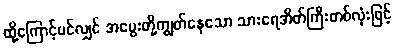
ထို့ကြောင့်ပင်လျှင် အမွေးတို့ကျွတ်နေသော သားရေအိတ်ကြီးတစ်လုံးဖြင့်